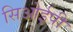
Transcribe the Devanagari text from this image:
सिओईपी